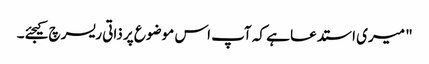
"‌ میری استدعا ہے کہ آپ اس موضوع پر ذاتی ریسرچ کیجئے۔